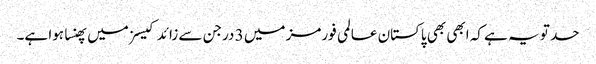
حد تو یہ ہے کہ ابھی بھی پاکستان عالمی فورمز میں 3 درجن سے زائد کیسزمیں پھنسا ہوا ہے۔